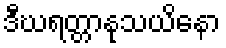
ဒီဃရတ္တာနုသယိနော